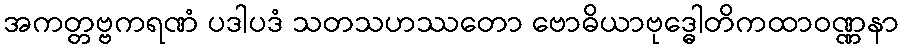
အကတ္တဗ္ဗကရဏံ ပဒါပဒံ သတသဟဿတော ဗောဓိယာဗုဒ္ဓေါတိကထာဝဏ္ဏနာ